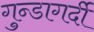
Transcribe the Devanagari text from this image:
गुन्डागर्दी